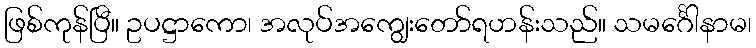
ဖြစ်ကုန်ပြီ။ ဥပဋ္ဌာကော၊ အလုပ်အကျွေးတော်ရဟန်းသည်။ သမင်္ဂေါနာမ၊